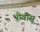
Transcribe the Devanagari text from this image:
भीवासू